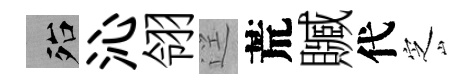
殆沁翎逕荒贓代㝎